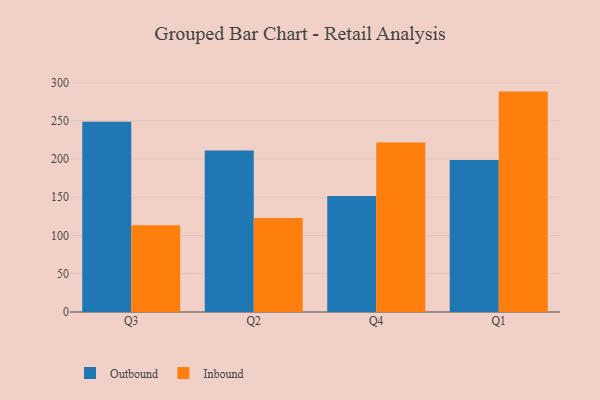
{"axis": {"x": "Quarter", "y": "Waste Production (Tons)"}, "legend": ["Inbound", "Outbound"], "data": [{"x": "Q3", "y": 248.8, "type": "Outbound"}, {"x": "Q3", "y": 113.5, "type": "Inbound"}, {"x": "Q2", "y": 211.2, "type": "Outbound"}, {"x": "Q2", "y": 122.8, "type": "Inbound"}, {"x": "Q4", "y": 151.7, "type": "Outbound"}, {"x": "Q4", "y": 221.6, "type": "Inbound"}, {"x": "Q1", "y": 198.8, "type": "Outbound"}, {"x": "Q1", "y": 288.2, "type": "Inbound"}]}